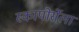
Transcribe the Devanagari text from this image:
स्कापोर्सेला